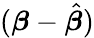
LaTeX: ({\boldsymbol{\beta}}-{\hat{\boldsymbol{\beta}}})